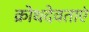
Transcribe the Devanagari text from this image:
क्रोधदेवताएं